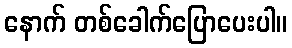
နောက် တစ်ခေါက်ပြောပေးပါ။